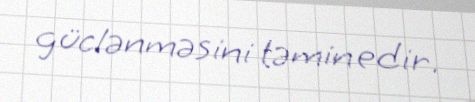
güclənməsini təmin edir.